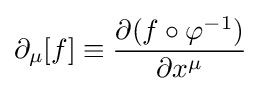
\partial _{\mu }[f]\equiv {\frac {\partial (f\circ \varphi ^{-1})}{\partial x^{\mu }}}